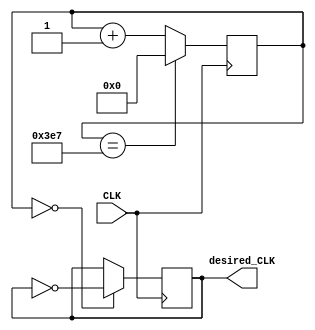
`timescale 1ns / 1ps
//////////////////////////////////////////////////////////////////////////////////
// Company: 
// Engineer: 
// 
// Design Name: 
// Module Name: debouncing_clock_divider
// Project Name: 
// Target Devices: 
// Tool Versions: 
// Description: 
// 
// Dependencies: 
// 
// Revision:
// Revision 0.01 - File Created
// Additional Comments:
// 
//////////////////////////////////////////////////////////////////////////////////


module debouncing_clock_divider(
    input CLK,
    output reg desired_CLK = 0
    );
    
    reg [9:0] counter = 0;
    
    always @ (posedge CLK) begin
        counter <= (counter == 999) ? 0 : counter + 1;
        desired_CLK <= (counter == 0) ? ~desired_CLK : desired_CLK;
    end

endmodule